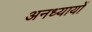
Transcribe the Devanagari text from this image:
अनध्यायों